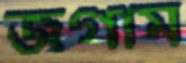
জগাম